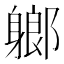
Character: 𨉰